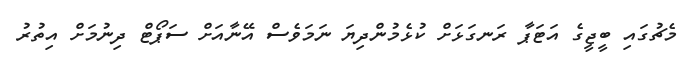
މެޗުގައި ބީޖީގެ އަޓަޕާ ރަނގަޅަށް ކުޅެމުންދިޔަ ނަމަވެސް އޭނާއަށް ސަޕޯޓް ދިނުމަށް އިތުރު